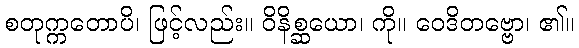
စတုက္ကတောပိ၊ ဖြင့်လည်း။ ဝိနိစ္ဆယော၊ ကို။ ဝေဒိတဗ္ဗော၊ ၏။